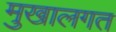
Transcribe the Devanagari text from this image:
मुखालगत